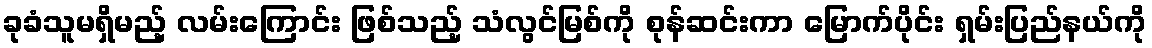
ခုခံသူမရှိမည့် လမ်းကြောင်း ဖြစ်သည့် သံလွင်မြစ်ကို စုန်ဆင်းကာ မြောက်ပိုင်း ရှမ်းပြည်နယ်ကို